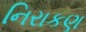
નિરાકણ